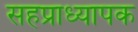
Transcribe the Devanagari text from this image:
सहप्राध्यापक